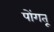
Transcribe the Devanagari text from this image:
पोंगतू